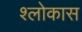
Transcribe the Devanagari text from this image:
श्लोकास